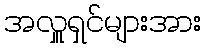
အလှူရှင်များအား